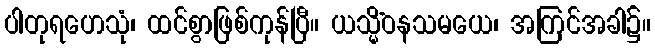
ပါတုရဟေသုံ၊ ထင်စွာဖြစ်ကုန်ပြီ။ ယသ္မိံဝနသမယေ၊ အကြင်အခါ၌။